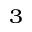
^ { 3 }